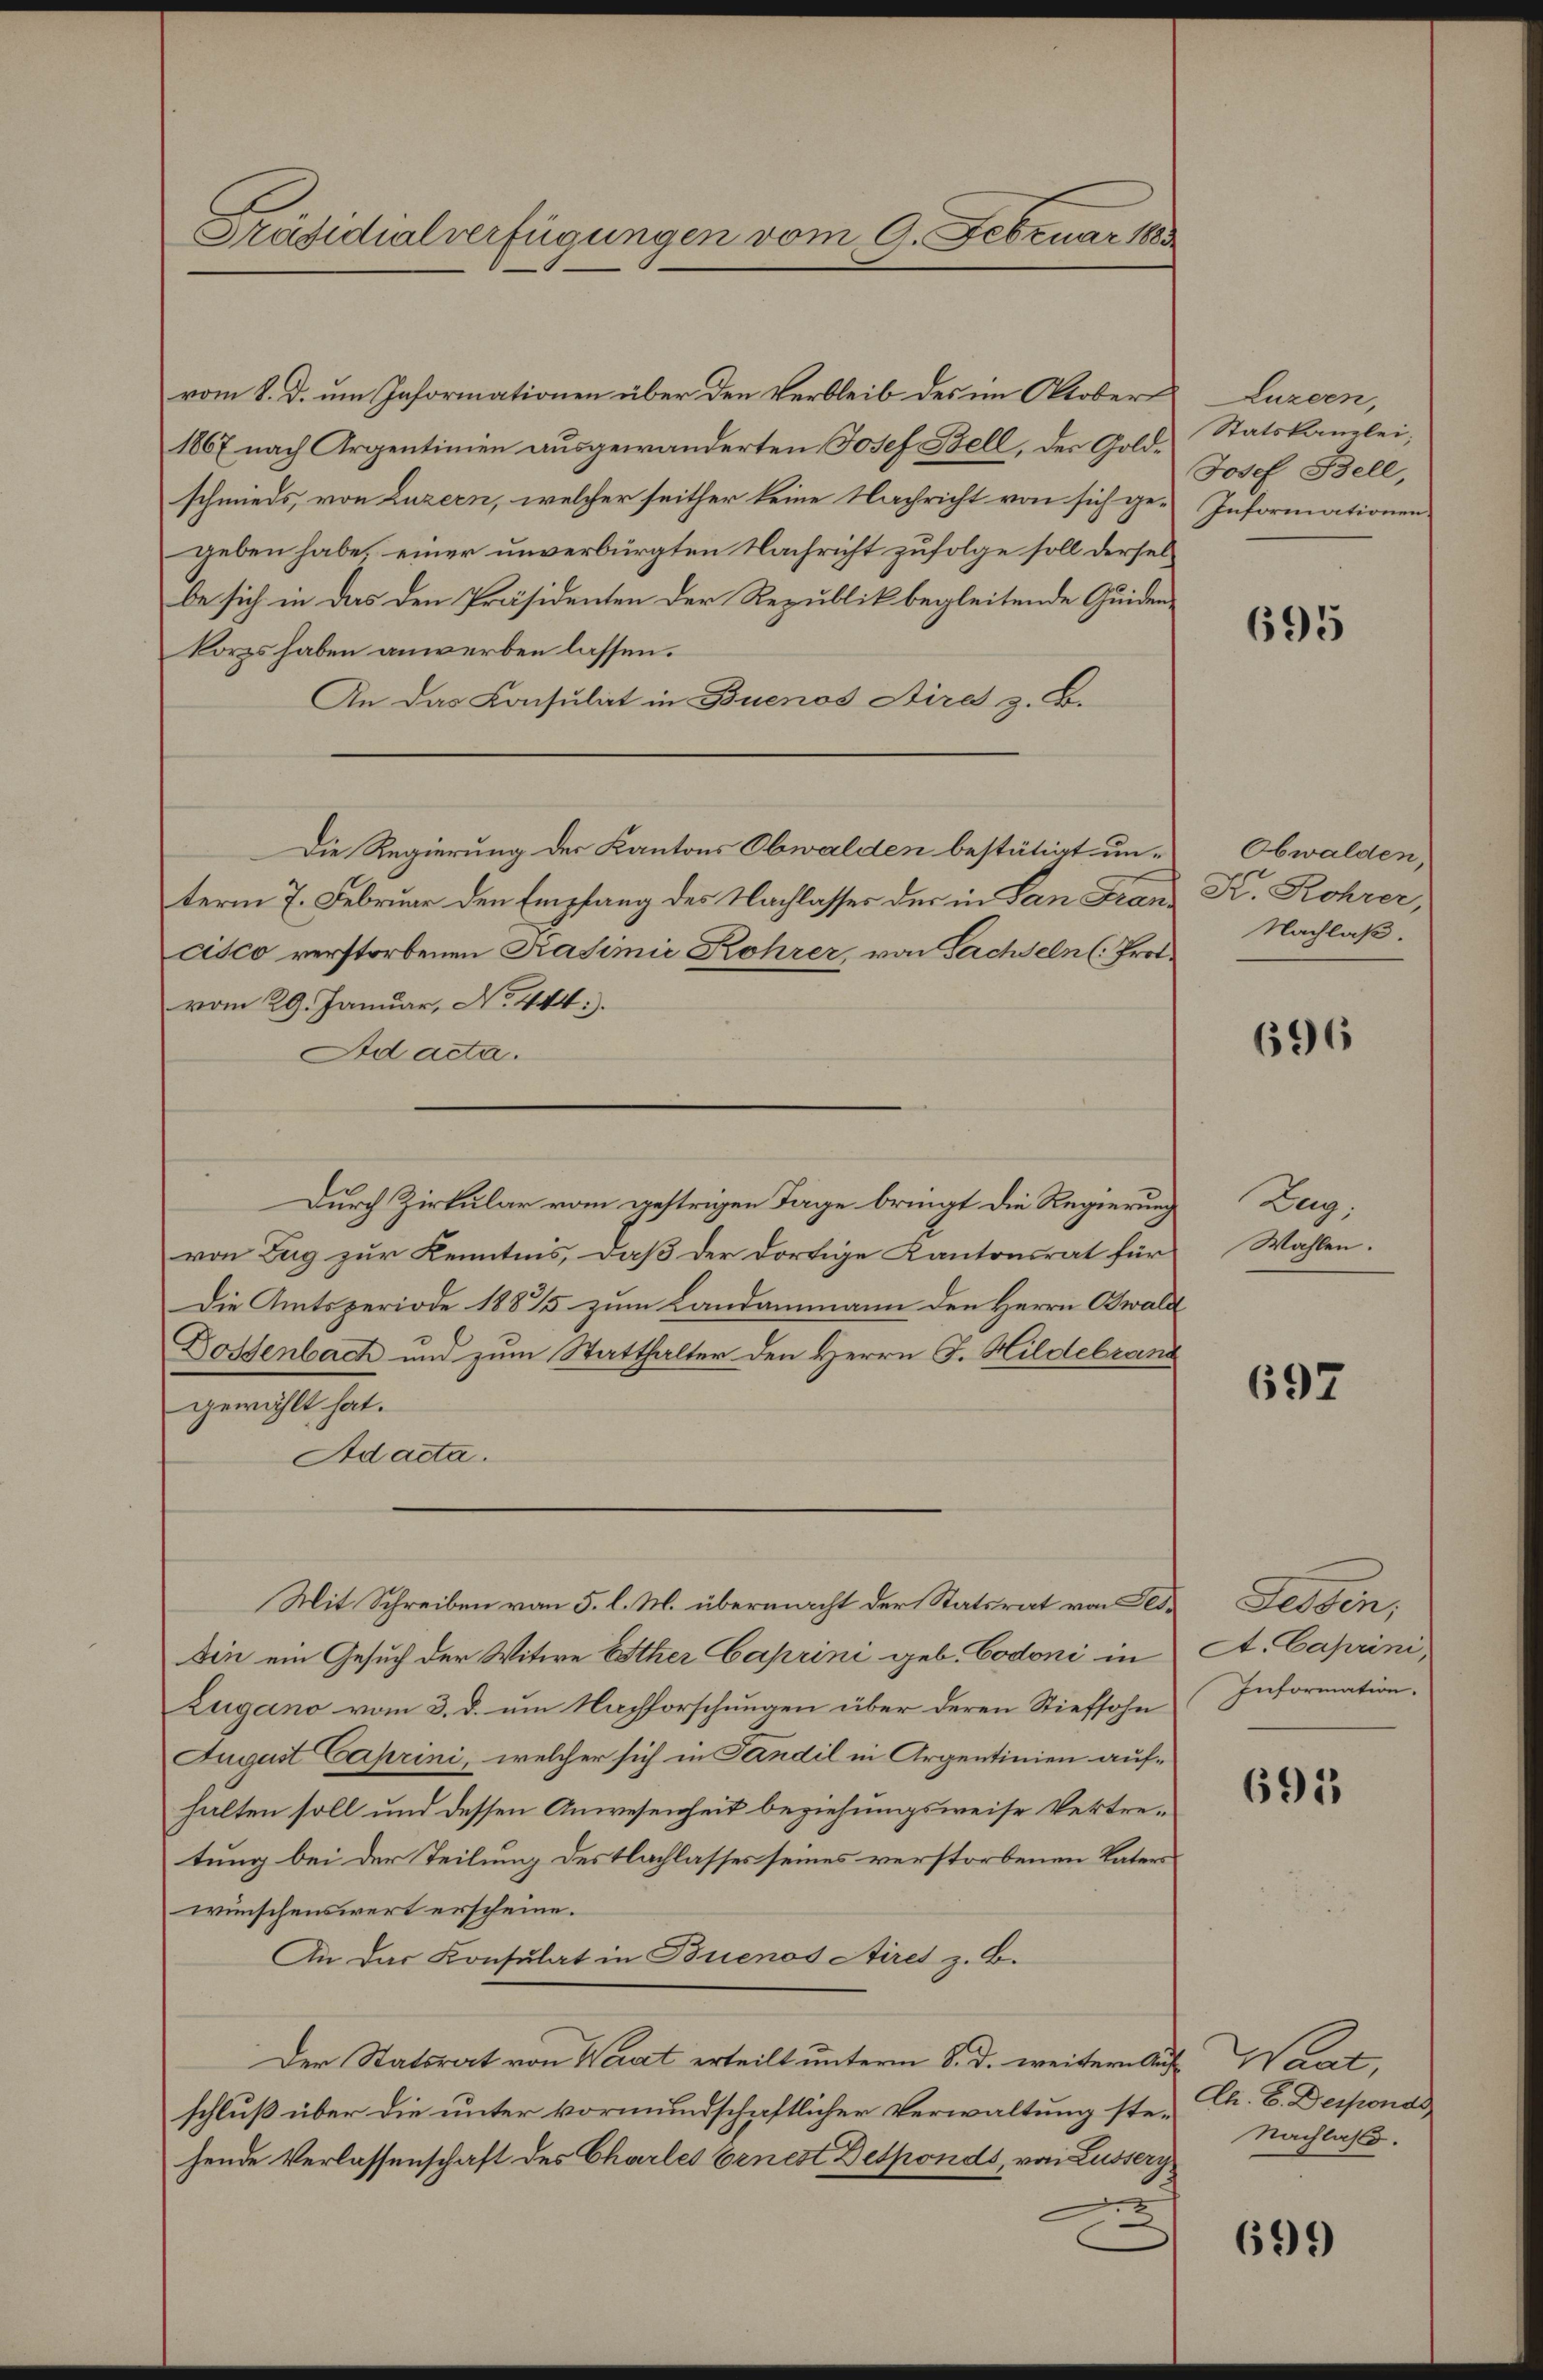
Präsidialverfügungen vom 9. Februar 183

vom 8. d. um Informationen über den Verbleib des im Oktobert
1867 nach Argentinien ausgewanderten Josef Bell, der Goldschmieds, von Luzern, welcher seither keine Nachricht von sich gegeben habe, einer unverbürgten Nachricht zufolge soll derselbe sich in das den Präsidenten der Republik begleitende Quidenkorps haben anwerben lassen.
An das Konsulat in Buenos Aires z. B.
Die Regierung der Kantons Obwalden bestätigt unterm 7. Februar den Empfang des Nachlasses der in San Francisco verstorbenen Kasimić Rohrer, von Sachseln (: Prot
vom 29. Januar, No. 444.
Ad acta.
Durch Zirkular vom gestrigen Tage bringt die Regierung
von Zug zur Kenntnis, daß der dortige Kantonsrat für
Die Amtsperiode 18835 zum Landammann den Herrn Obwald
Dossenbach und zum Statthalter den Herrn F. Hildebrand
gewählt hat.
Ad acta.
Mit Schreiben von 5. l. M. übermacht der Statsrat von Alt¬
Din ein Gesuch der Witwe Esther Caprini geb. Codoni in
Zugano vom 3. d. um Nachforschungen über deren Stiefsohn
August Caprini, welcher sich in Candil in Argentinien aufhalten soll und dessen Anwesenheit beziehungsweise Vertretung bei der Teilung des Flachlasses seines verstorbenen Vaters
wünschenswert erscheine.
An das Konsulat in Buenos Airet z. B.
Der Statsrat von Wert erteilt unterm 8. d. weitere Auf Waadt,
schluß über die unter vormundschaftlicher Verwaltung stehende Verlassenschaft des Charles Ernest Desponds, von Lussery
x

Luzern,
Statskanzlei,
Josef Bell,
Informationen.

695

Obwalden,
K. Rohrer,
Nachlaß.

696

Zug.
Wahlen.

697

Fessen,
A. Caprini,
Information.

691

Ch. E. Desponde
Nachlaß.

699